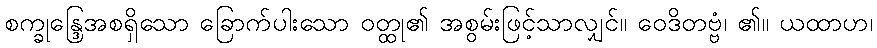
စက္ခုန္ဒြေအစရှိသော ခြောက်ပါးသော ဝတ္ထု၏ အစွမ်းဖြင့်သာလျှင်။ ဝေဒိတဗ္ဗံ၊ ၏။ ယထာဟ၊